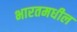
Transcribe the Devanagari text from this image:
भारतमधील